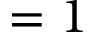
= 1